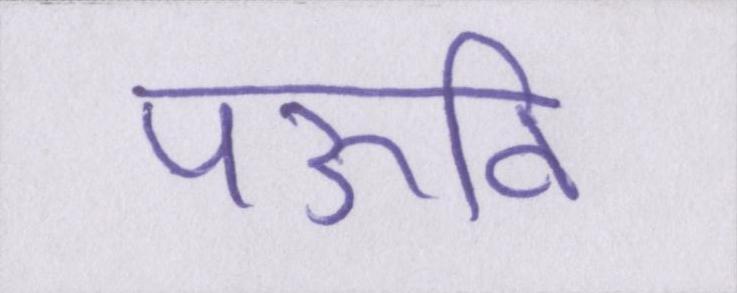
पऊवि